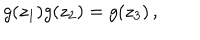
LaTeX: g ( z _ { 1 } ) g ( z _ { 2 } ) = g ( z _ { 3 } ) \, ,